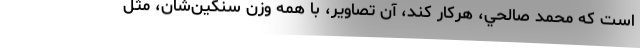
است كه محمد صالحي، هركار كند، آن تصاوير، با همه وزن سنگين‌شان، مثل